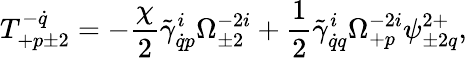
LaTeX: T_{+p\pm 2}^{-\dot{q}}=-\frac{\chi}{2}\tilde{\gamma}_{\dot{q}p}^{i}\Omega_{\pm 2}^{-2i}+\frac 12\tilde{\gamma}_{\dot{q}q}^{i}\Omega_{+p}^{-2i}\psi_{\pm 2q}^{2+},